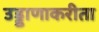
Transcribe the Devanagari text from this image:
उड्डाणाकरीता